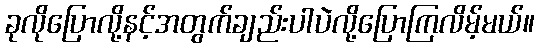
ခုလိုပြောလို့နင့်အတွက်ချည်းပါပဲလို့ပြောကြလိမ့်မယ်။